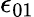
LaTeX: \epsilon_{01}